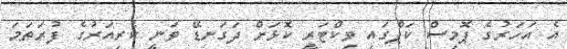
އެ އަހަރުގެ ޕޮމިސް ކަޕްގައި ވިކްޓަރީ ކޮޅަށް ދަގަނޑޭ ވަނީ ކެރިއަރުގެ ފުރަތަމަ